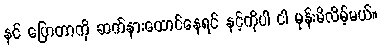
နင် ပြောတာကို ဆက်နားထောင်နေရင် နင့်ကိုပါ ငါ မုန်းမိလိမ့်မယ်။